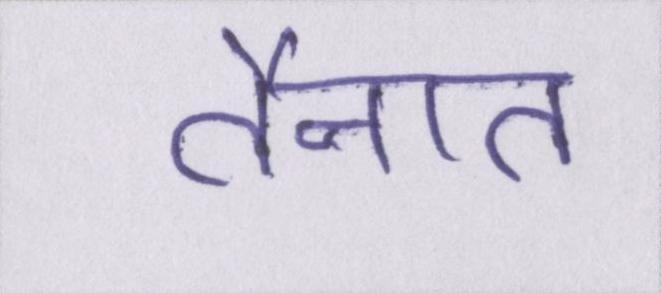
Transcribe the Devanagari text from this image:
तैनात